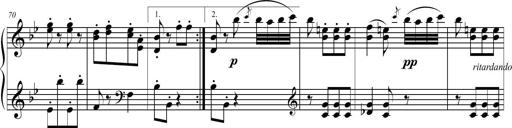
Title: 2 Sonatines faciles et brillantes pour le piano-forte seul
Composer: Carl Czerny